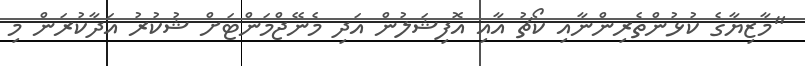
"މާޒިޔާގެ ކުޅުންތެރިންނާއި ކޯޗު އާއި އޮފިޝަލުން އަދި މެނޭޖްމަންޓަށް ޝުކުރު އަދާކުރަން މި